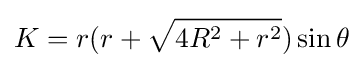
K=r(r+{\sqrt {4R^{2}+r^{2}}})\sin \theta